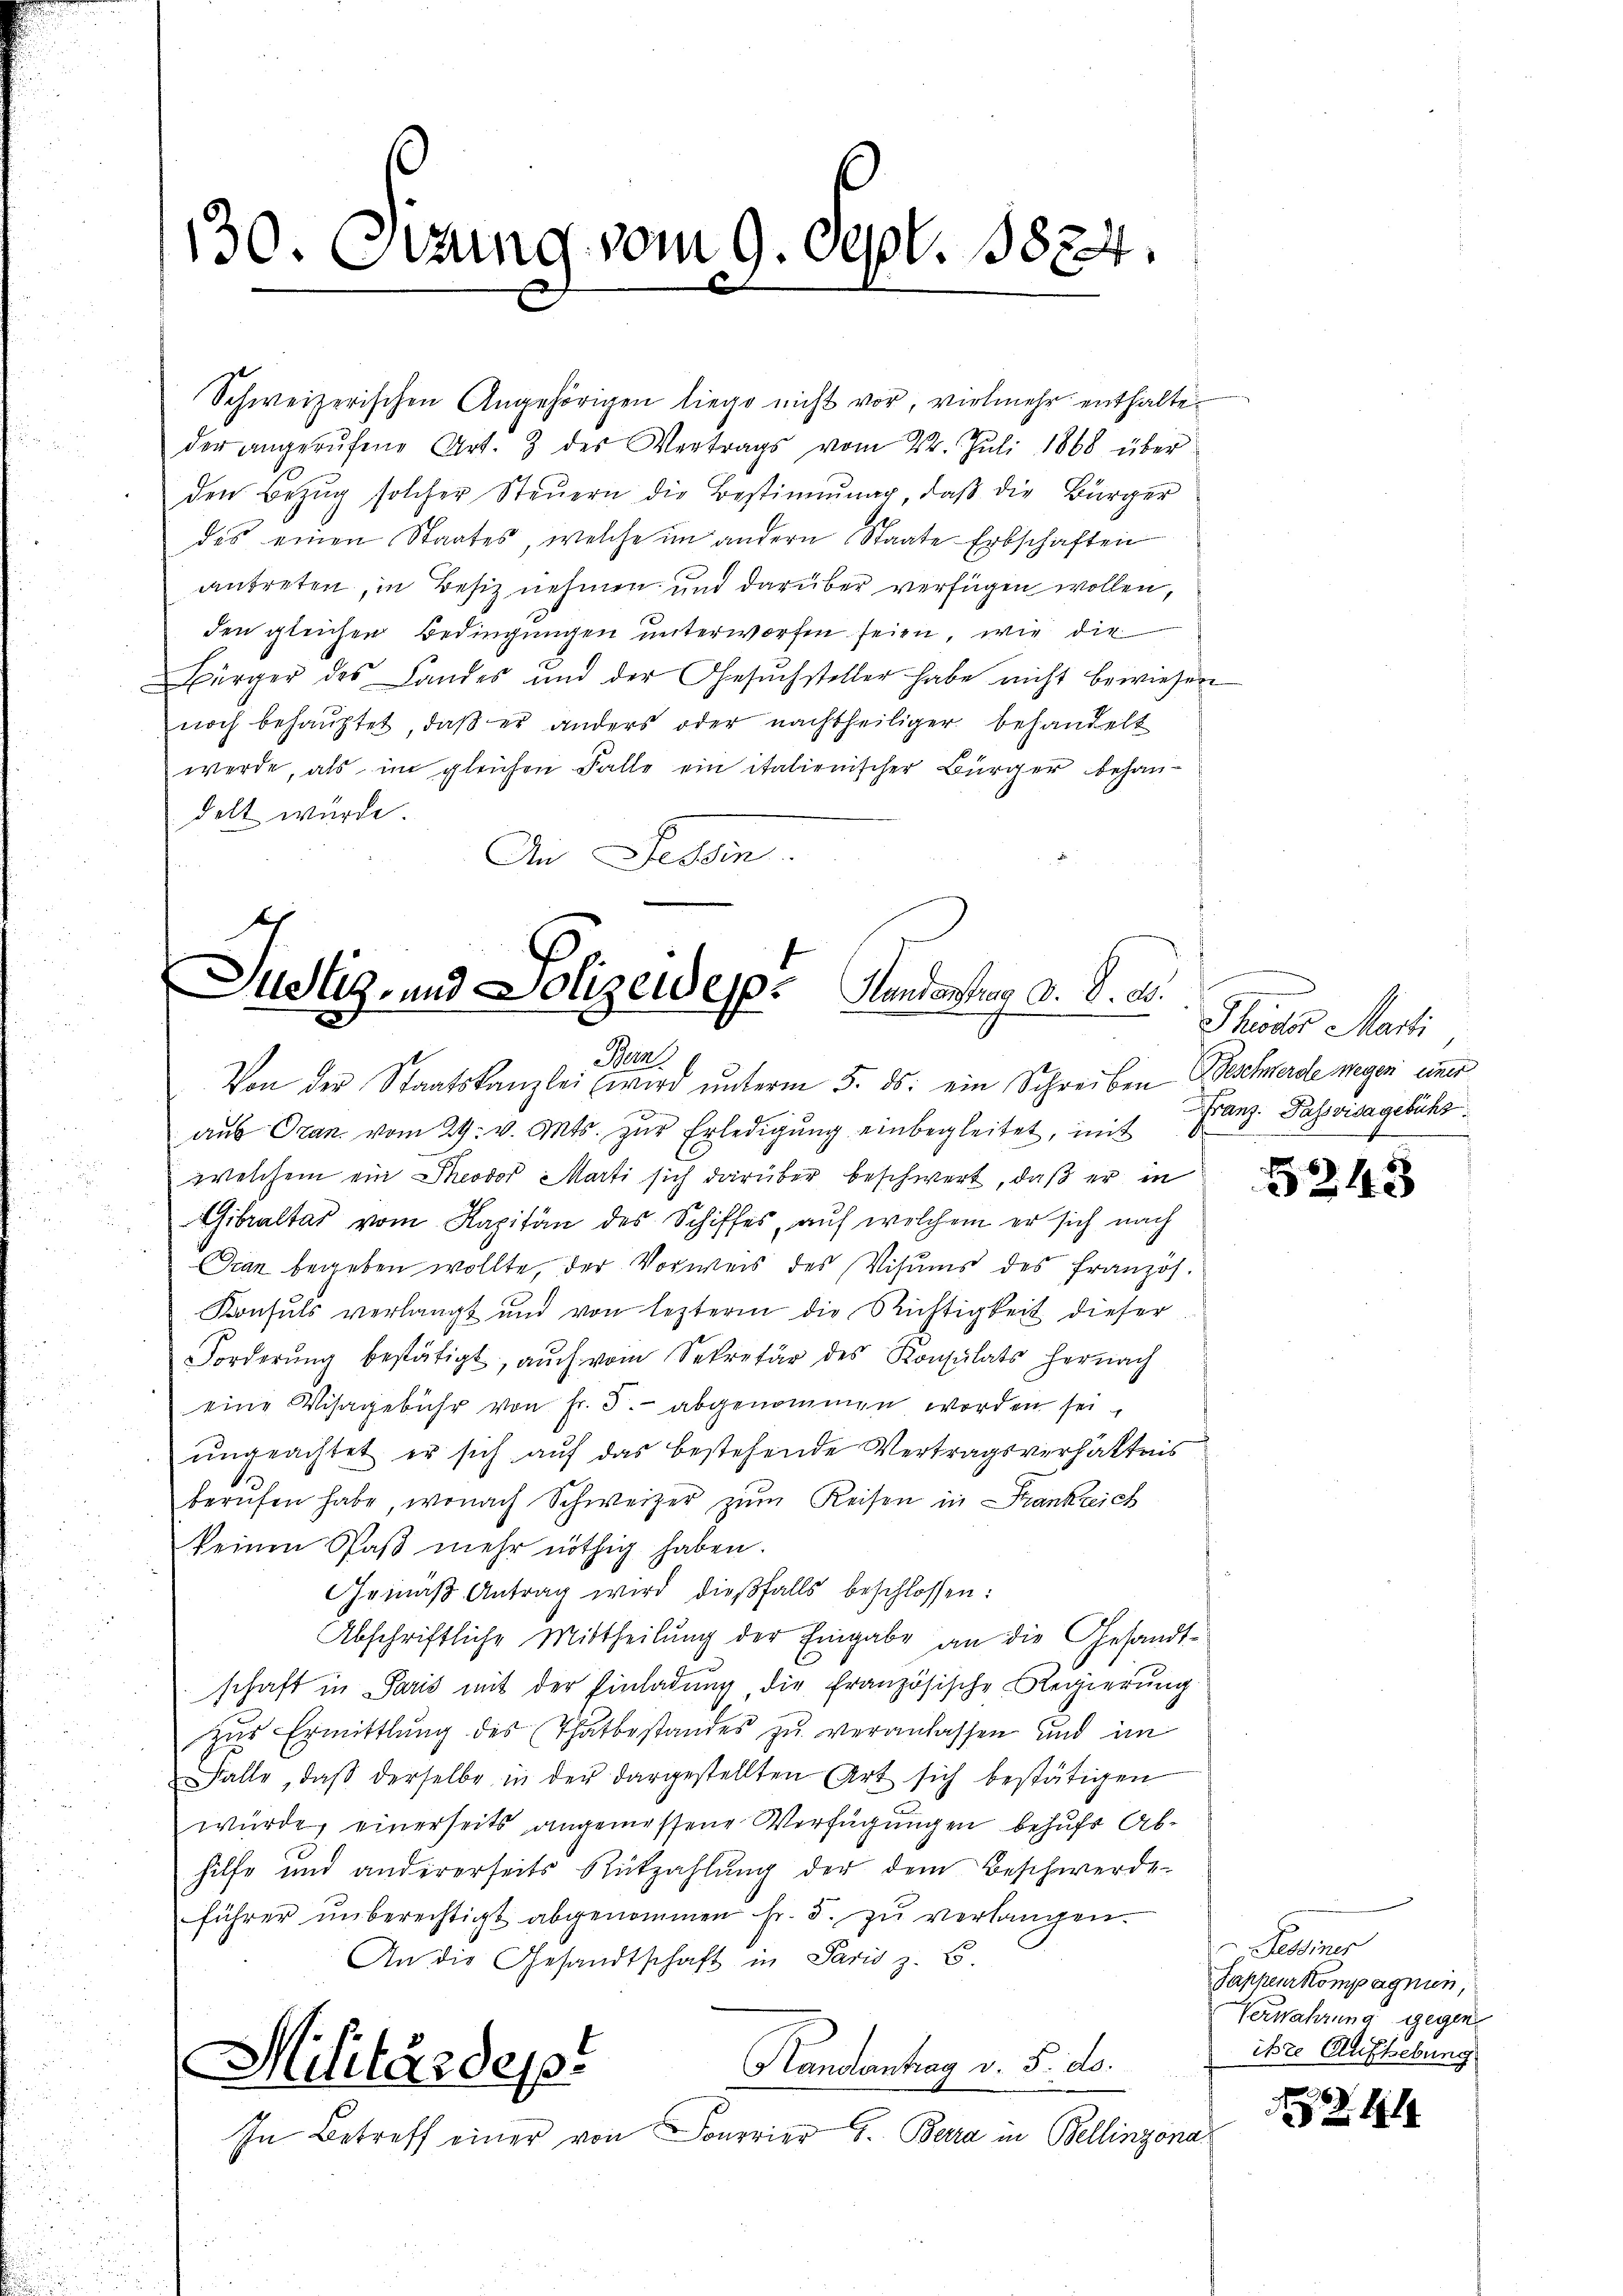
130. Sitzung vom 9. Sept. 1824.

Schweizerischen Angehörigen liege nicht vor, vielmehr enthalteder angerŭfene Art. 3 des Vertrags vom 22. Juli 1868 über
den Bezŭg solcher Steŭern die Bestimmung, daβ die Bürger
des einen Staates, welche im andern Staate Erbschaften
antreten, in Besitz nehmen und darüber verfügen wollen,
den gleichen Bedingungen unterworfen seien, wie die
Bürger des Landes und der Gesŭchsteller habe nicht bewiesen
noch behauptet, daß er anders oder nachtheiliger behandelt
werde, als im gleichen Falle ein italienischer Bürger behaudelt würde.
An Federn.

Justiz- und Polizei esp. Handertrag d. d. d.
E
Am
Von der Staatskanzlei (wird ŭnterm 5. ds. ein Schreiben Beschwerde wegen unt

aus Ozan vom 29. v. Mts. zur Erledigung einbegleitet, mit
welchem ein Theodor Marti sich darüber beschwert, daß er in
Gibraltas vom Kapitän des Schiffes, auf welchem er sich nach
Dran begeben wollte, der Vorweis des Visums des Französ.
Konsuls verlangt und von lezterm die Richtigkeit dieser
Forderŭng bestätigt, aŭch vom Sekretär des Konsulats hernach
eine Wisagebühr von Fr. 5. abgenommen worden sei,
ŭngeachtet er sich auf das bestehende Vertragsverhältnis
berŭfen habe, wonach Schweizer zŭm Keisen in Stankreich
keinen Paß mehr nöthig haben.
Gemäß Antrag wird dießfalls beschlossen:
Abschriftliche Mittheilung der Eingabe an die Gesandtschaft in Paris mit der Einladŭng, die französische Regierŭng
zŭr Ermittlung des Thatbestandes zu veranlassen und im
Falle, daβ derselbe in der dargestellten Art sich bestätigen
würde, einerseits angemessene Verfügungen behufs Abhilfe und andererseits Rückzahlŭng der dem Beschwerde-
führer ŭnberechtigt abgenommen fr. 5. zŭ verlangen.
An die Gesandtschaft in Paris z. B.
Kandenhag v. 5. ds.
Militärdep
In Betreff einer von Sonerier. Bara in Bellinzona

e
Phöder Marti
Franz Passvisagebühr

5243

Seder
Sappeurkompagnien,
Verwahrung gegen.
isste Aufhebung

4